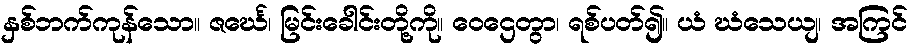
နှစ်ဘက်ကုန်သော။ ဇင်္ဃေ၊ မြင်းခေါင်းတို့ကို။ ဝေဌေတွာ၊ ရစ်ပတ်၍။ ယံ ဃံသေယျ၊ အကြင်